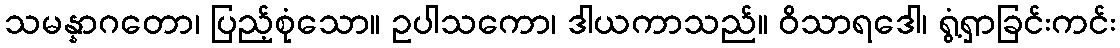
သမန္နာဂတော၊ ပြည့်စုံသော။ ဥပါသကော၊ ဒါယကာသည်။ ဝိသာရဒေါ၊ ရွံ့ရှာခြင်းကင်း